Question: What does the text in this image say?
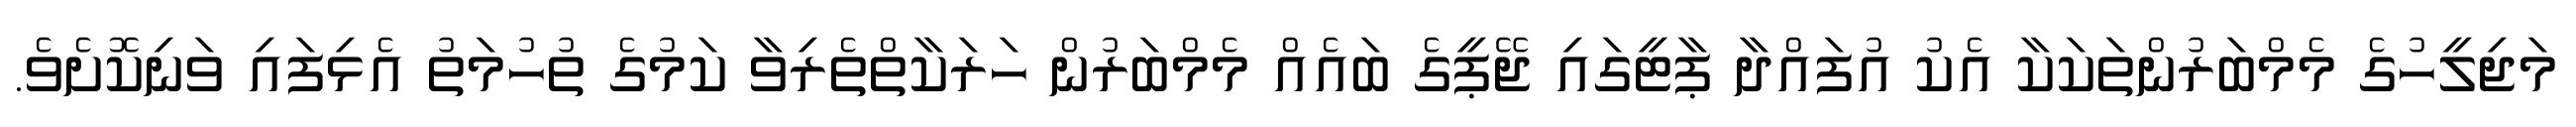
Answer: މަޖިލީހުގެ މެމްބަރުންތަކަކާ އެކު އުފައްދާ ޕާޓީގައި ޖޭޕީގެ ބައެއް މެމްބަރުން ހަރަކާތްތެރިވާ ކަމުގެ ތުހުމަތު އެޅިފައި ވަނިކޮށެވެ.